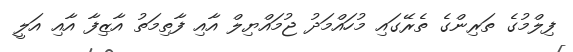
ފިލްމުގެ ތަރިންގެ ތެރޭގައި މުހައްމަދު ޖުމައްޔިލް އާއި ފާތިމަތު އާޒިފާ އާއި އަލީ